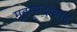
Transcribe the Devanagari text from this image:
मुहम्‍मदाबाद